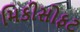
મિકીસોફટ